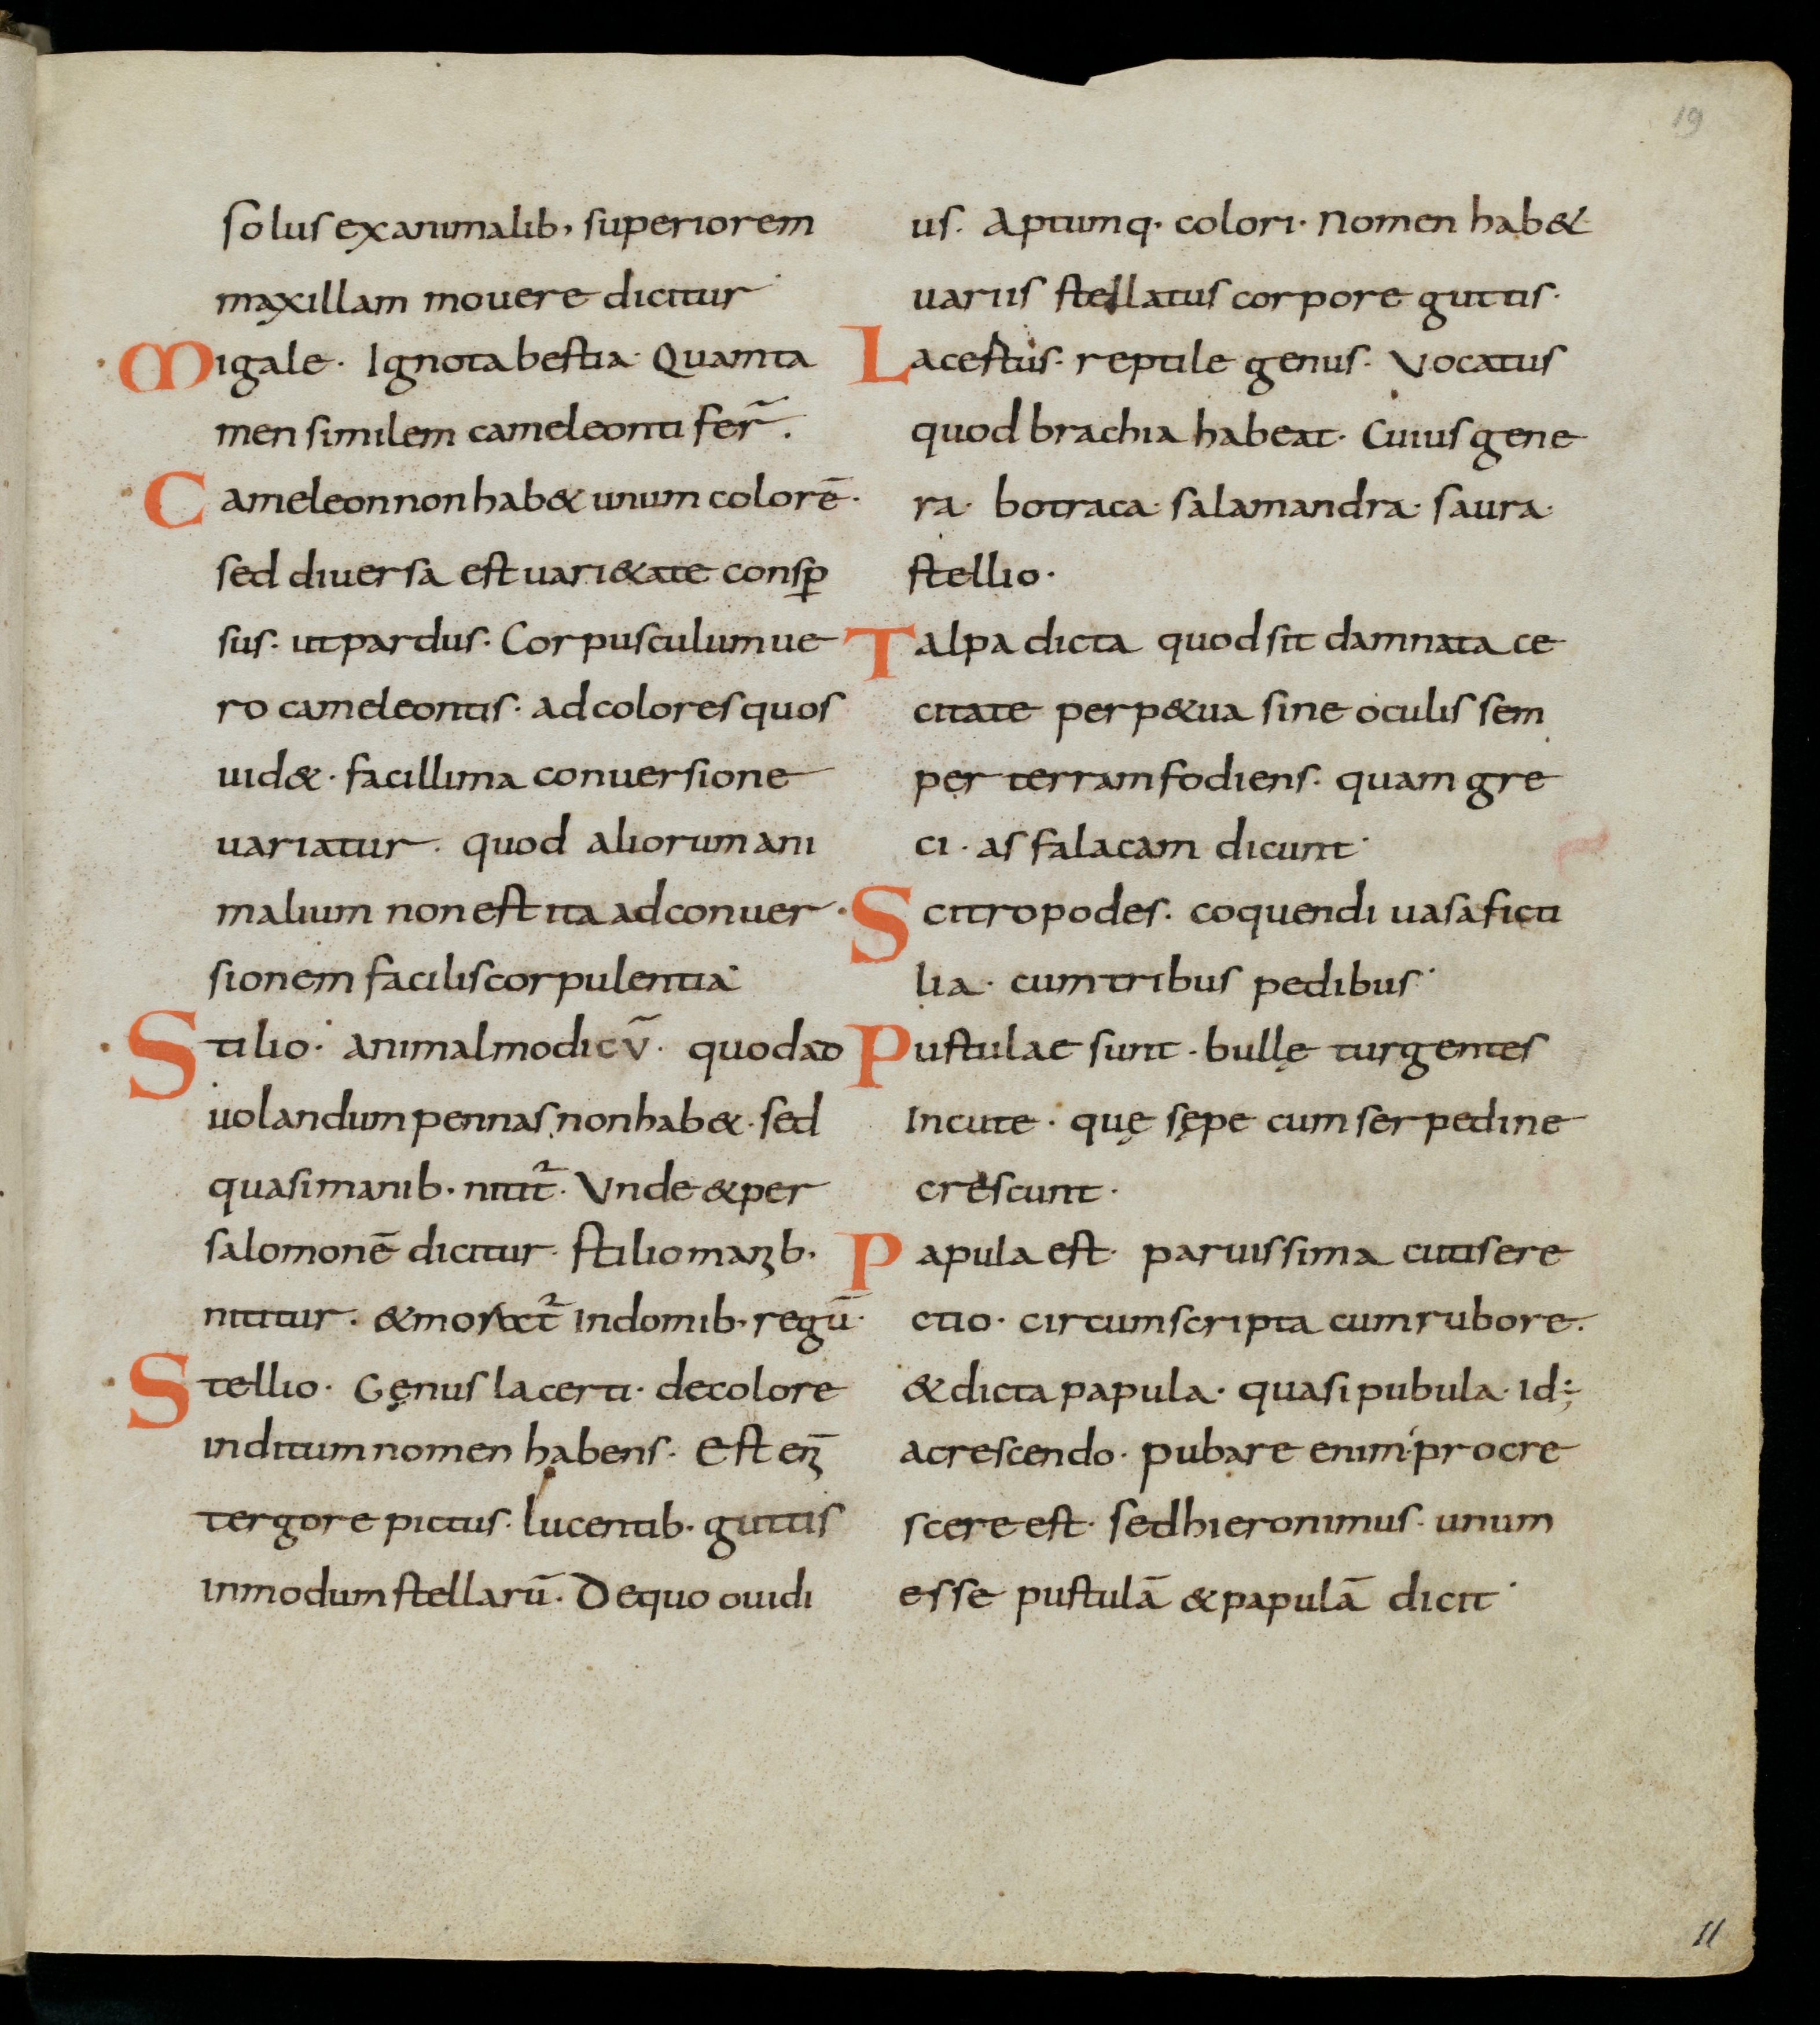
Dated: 800–899